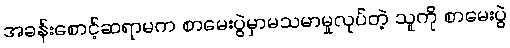
အခန်းစောင့်ဆရာမက စာမေးပွဲမှာမသမာမှုလုပ်တဲ့ သူကို စာမေးပွဲ